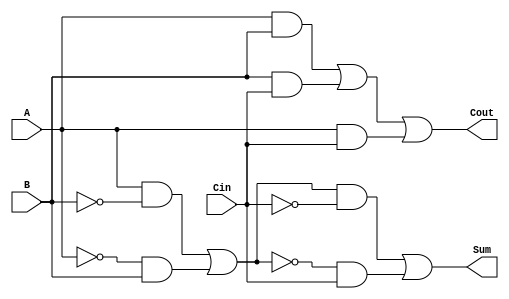
module transmission_gate_full_adder (
    input  wire A,    // First input bit
    input  wire B,    // Second input bit
    input  wire Cin,  // Carry-in bit
    output wire Sum,  // Sum output
    output wire Cout  // Carry-out output
);

    // Intermediate signals for Sum and Carry-out calculations
    wire AB, BCin, ACin;
    wire A_XOR_B;

    // Transmission Gate implementation of A XOR B
    assign A_XOR_B = (A & ~B) | (~A & B); // A  B

    // Transmission Gate implementation of Sum = A  B  Cin
    assign Sum = (A_XOR_B & ~Cin) | (~A_XOR_B & Cin); // (A  B)  Cin

    // Transmission Gate implementation of Carry-out 
    assign AB = A & B;             // A  B
    assign BCin = B & Cin;         // B  Cin
    assign ACin = A & Cin;         // A  Cin
    
    // Cout = (A  B) + (B  Cin) + (A  Cin)
    assign Cout = AB | BCin | ACin; // Sum of products

endmodule